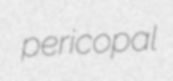
pericopal